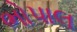
ભોપાલ